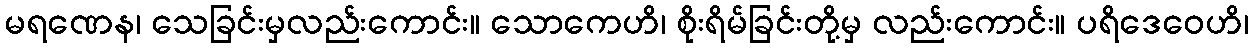
မရဏေန၊ သေခြင်းမှလည်းကောင်း။ သောကေဟိ၊ စိုးရိမ်ခြင်းတို့မှ လည်းကောင်း။ ပရိဒေဝေဟိ၊